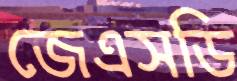
জেএসডি